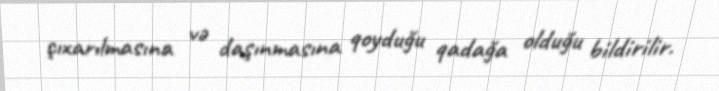
çıxarılmasına və daşınmasına qoyduğu qadağa olduğu bildirilir.